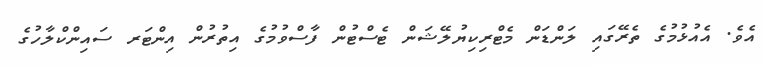
އެވެ. އެއުޅުމުގެ ތެރޭގައި ލަންޑަން މެޓްރިކިޔުލޭޝަން ޓެސްޓުން ފާސްވުމުގެ އިތުރުން އިންޓަރ ސައިންކްލާހުގެ